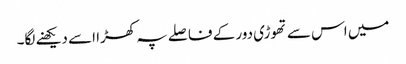
میں اس سے تھوڑی دور کے فاصلے پہ کھڑا اسے دیکھنے لگا۔